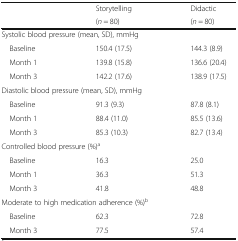
<table><thead><tr><td rowspan="2"></td><td><b>Storytelling</b></td><td><b>Didactic</b></td></tr><tr><td><b>(<i>n</i> = 80)</b></td><td><b>(<i>n</i> = 80)</b></td></tr></thead><tbody><tr><td colspan="3">Systolic blood pressure (mean, SD), mmHg</td></tr><tr><td> Baseline</td><td>150.4 (17.5)</td><td>144.3 (8.9)</td></tr><tr><td> Month 1</td><td>139.8 (15.8)</td><td>136.6 (20.4)</td></tr><tr><td> Month 3</td><td>142.2 (17.6)</td><td>138.9 (17.5)</td></tr><tr><td colspan="3">Diastolic blood pressure (mean, SD), mmHg</td></tr><tr><td> Baseline</td><td>91.3 (9.3)</td><td>87.8 (8.1)</td></tr><tr><td> Month 1</td><td>88.4 (11.0)</td><td>85.5 (13.6)</td></tr><tr><td> Month 3</td><td>85.3 (10.3)</td><td>82.7 (13.4)</td></tr><tr><td colspan="3">Controlled blood pressure (%)<sup>a</sup></td></tr><tr><td> Baseline</td><td>16.3</td><td>25.0</td></tr><tr><td> Month 1</td><td>36.3</td><td>51.3</td></tr><tr><td> Month 3</td><td>41.8</td><td>48.8</td></tr><tr><td colspan="3">Moderate to high medication adherence (%)<sup>b</sup></td></tr><tr><td> Baseline</td><td>62.3</td><td>72.8</td></tr><tr><td> Month 3</td><td>77.5</td><td>57.4</td></tr></tbody></table>